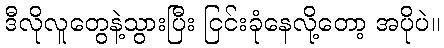
ဒီလိုလူတွေနဲ့သွားပြီး ငြင်းခုံနေလို့တော့ အပိုပဲ။